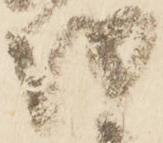
越